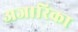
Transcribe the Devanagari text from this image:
अजारिका